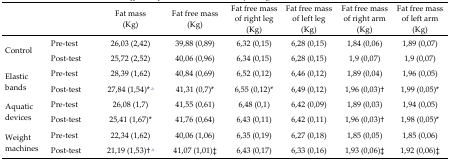
|  |  | Fat mass (Kg) | Fat free mass (Kg) | Fat free mass of right leg (Kg) | Fat free mass of left leg (Kg) | Fat free mass of right arm (Kg) | Fat free mass of left arm (Kg) |
 | --- | --- | --- | --- | --- | --- | --- | --- |
 | <ROWSPAN=2> Control | Pre-test | 26,03 (2,42) | 39,88 (0,89) | 6,32 (0,15) | 6,28 (0,15) | 1,84 (0,06) | 1,89 (0,07) |
 | Post-test | 25,72 (2,52) | 40,06 (0,96) | 6,34 (0,15) | 6,28 (0,15) | 1,9 (0,07) | 1,9 (0,07) |
 | <ROWSPAN=2> Elastic bands | Pre-test | 28,39 (1,62) | 40,84 (0,69) | 6,52 (0,12) | 6,46 (0,12) | 1,89 (0,04) | 1,96 (0,05) |
 | Post-test | 27,84 (1,54)*a | 41,31 (0,7)* | 6,55 (0,12)* | 6,49 (0,12) | 1,96 (0,03)† | 1,99 (0,05)* |
 | <ROWSPAN=2> Aquatic devices | Pre-test | 26,08 (1,7) | 41,55 (0,61) | 6,48 (0,1) | 6,42 (0,09) | 1,89 (0,03) | 1,94 (0,05) |
 | Post-test | 25,41 (1,67)* | 41,76 (0,64) | 6,43 (0,11) | 6,42 (0,11) | 1,96 (0,03)† | 1,98 (0,05)* |
 | <ROWSPAN=2> Weight machines | Pre-test | 22,34 (1,62) | 40,06 (1,06) | 6,35 (0,19) | 6,27 (0,18) | 1,85 (0,05) | 1,85 (0,06) |
 | Post-test | 21,19 (1,53)†a | 41,07 (1,01)‡ | 6,43 (0,17) | 6,33 (0,16) | 1,93 (0,06)‡ | 1,92 (0,06)‡ |